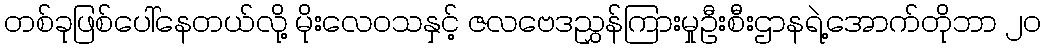
တစ်ခုဖြစ်ပေါ်နေတယ်လို့ မိုးလေဝသနှင့် ဇလဗေဒညွှန်ကြားမှုဦးစီးဌာနရဲ့အောက်တိုဘာ ၂၀